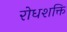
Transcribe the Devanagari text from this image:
रोधशक्ति